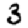
Digit: 3